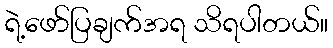
ရဲ့ဖော်ပြချက်အရ သိရပါတယ်။